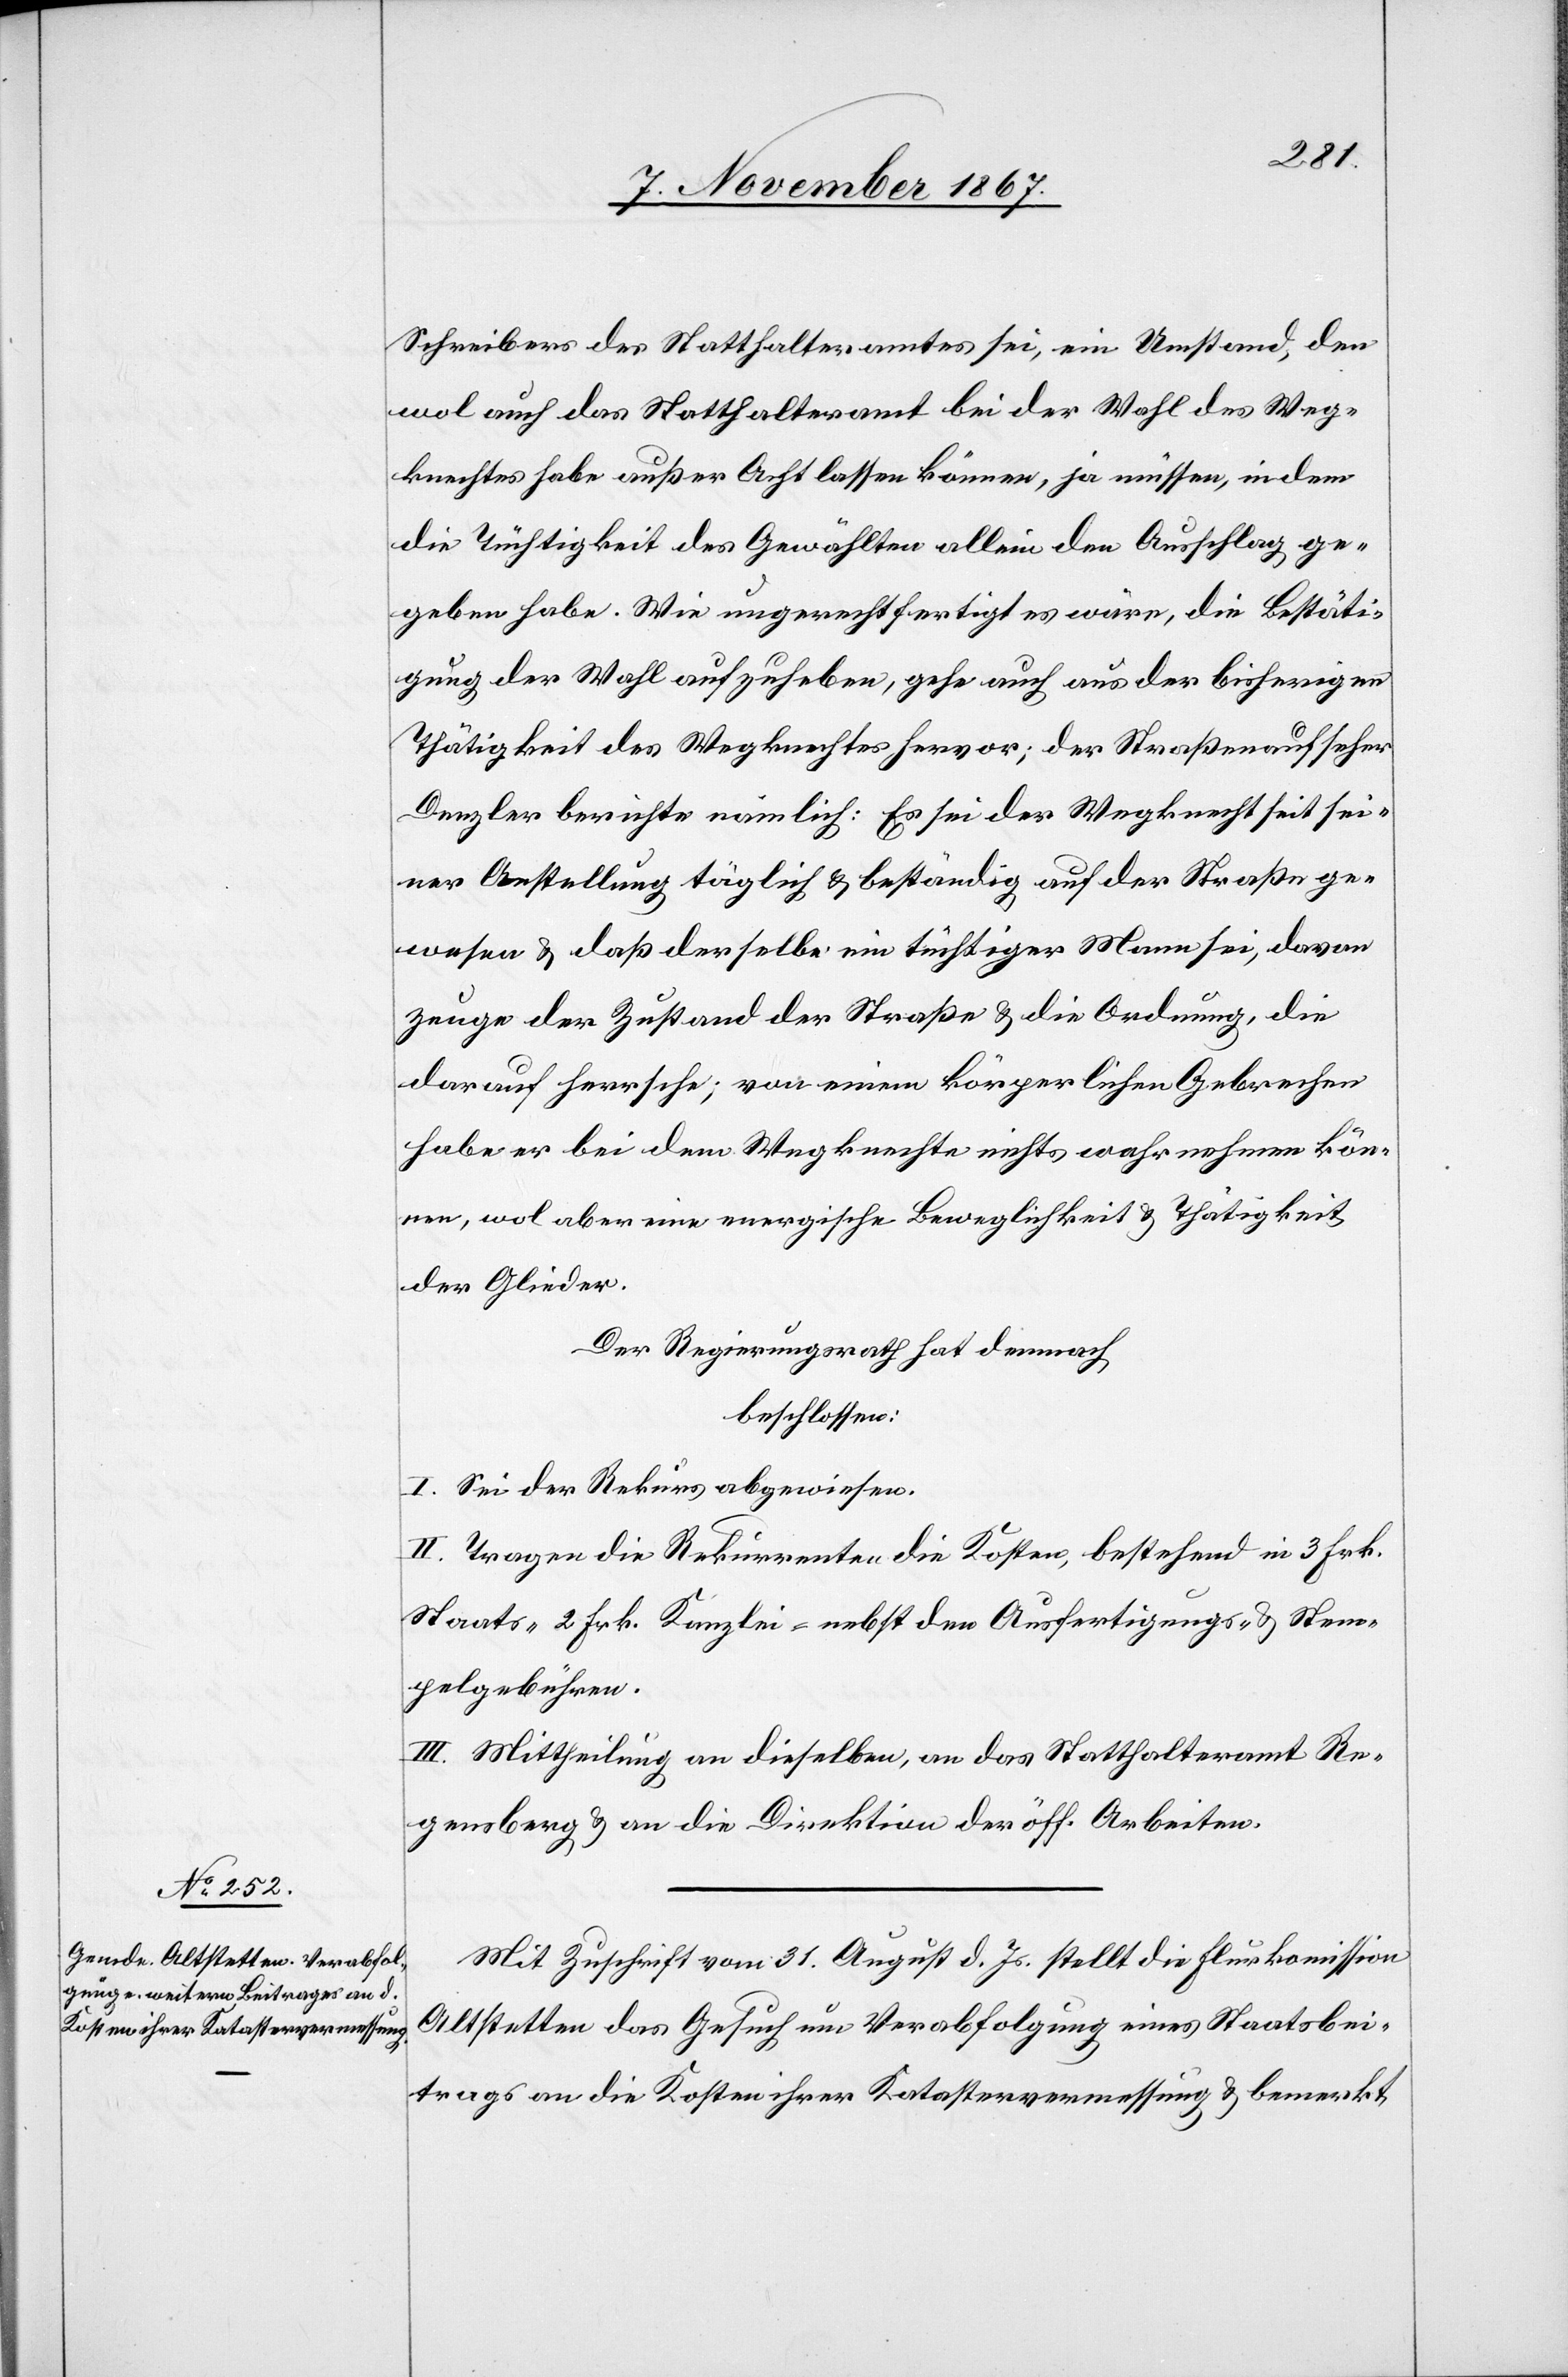
Schreibers des Statthalteramtes [sic!] sei, ein Umstand, den
wol auch das Statthalteramt bei der Wahl des Weg¬
knechtes habe außer Acht lassen können, ja müssen, indem
die Tüchtigkeit des Gewählten allein den Ausschlag ge¬
geben habe. Wie ungerechtfertigt es wäre, die Bestäti¬
gung der Wahl aufzuheben, gehe auch aus der bisherigen
Thätigkeit des Wegknechtes hervor; der Straßenaufseher
Denzler berichte nämlich: Es sei der Wegknecht seit sei¬
ner Anstellung täglich beständig auf der Straße ge¬
wesen u. daß derselbe ein tüchtiger Mann sei, davon
zeuge der Zustand der Straße u. die Ordnung, die
darauf herrsche, von einem körperlichen Gebrechen
habe er bei dem Wegknechte nichts wahrnehmen kön¬
nen, wol aber eine energische Beweglichkeit u. Thätigkeit
der Glieder.
Der Regierungsrath hat hierauf
beschlossen:
I. Sei der Rekurs abgewiesen.
II. Tragen die Rekurrenten die Kosten, bestehend in 3 Frk.
Staats-[,] 2 Frk. Kanzlei- nebst den Ausfertigungs- u. Stem¬
pelgebühren.
III. Mittheilung an dieselben, an das Statthalteramt Re¬
gensberg u. an die Direktion der öff. Arbeiten.
Mit Zuschrift vom 31. August d. Js. stellt die Flurkommission
Altstetten das Gesuch um Verabfolgung eines Staatsbei¬
trages an die Kosten ihrer Katastervermessung u. bemerkt